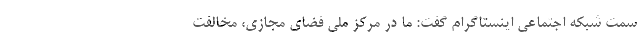
سمت شبکه اجتماعی اینستاگرام گفت: ما در مرکز ملی فضای مجازی، مخالفت